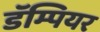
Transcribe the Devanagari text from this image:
डॅम्पियर